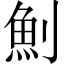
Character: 魝